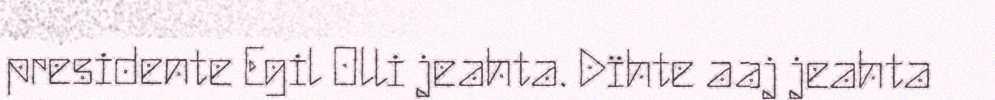
presidente Egil Olli jeahta. Dïhte aaj jeahta